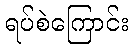
ရပ်စဲကြောင်း